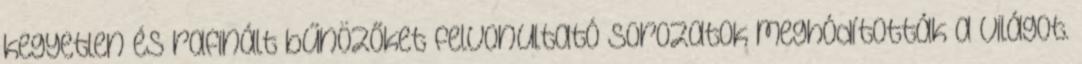
kegyetlen és rafinált bűnözőket felvonultató sorozatok meghódították a világot.